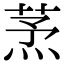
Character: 𦱻